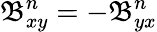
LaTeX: \mathfrak{B}_{xy}^{n}=-\mathfrak{B}_{yx}^{n}